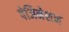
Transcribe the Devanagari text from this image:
पेजिनेशन